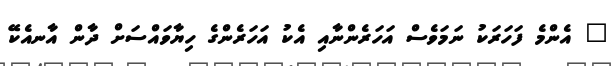
" އެންމެ ފަހަރަކު ނަމަވެސް އަހަރެންނާއި އެކު އަހަރެންގެ ހިޔާވައްސަށް ދާން އާނއެކޭ